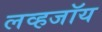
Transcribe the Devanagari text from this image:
लव्हजॉय